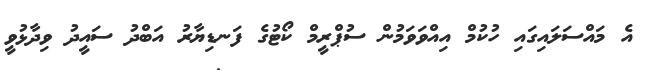
އެ މައްސަލައިގައި ހުކުމް އިއްވަވަމުން ސުޕްރީމް ކޯޓުގެ ފަނޑިޔާރު އަބްދު ސައީދު ވިދާޅުވީ